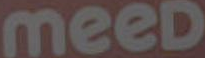
meeD